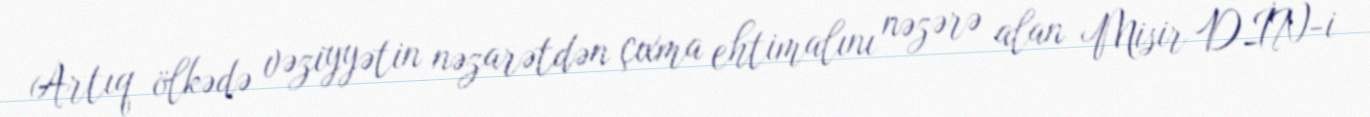
Artıq ölkədə vəziyyətin nəzarətdən çıxma ehtimalını nəzərə alan Misir DİN-i